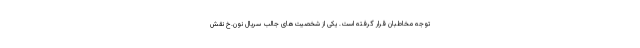
توجه مخاطبان قرار گرفته است. یکی از شخصیت‌های جالب سریال نون.خ نقش